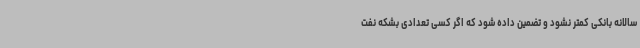
سالانه بانکی کمتر نشود و تضمین داده شود که اگر کسی تعدادی بشکه نفت